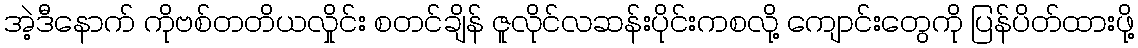
အဲ့ဒီနောက် ကိုဗစ်တတိယလှိုင်း စတင်ချိန် ဇူလိုင်လဆန်းပိုင်းကစလို့ ကျောင်းတွေကို ပြန်ပိတ်ထားဖို့